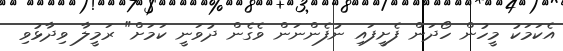
އެކަމަކު މީހުން ހޯދަން ފެށީފައި ނުފެންނަން ވެގެން ދުވަނީ ކަމަށް" ރަމީލާ ވިދާޅުވި